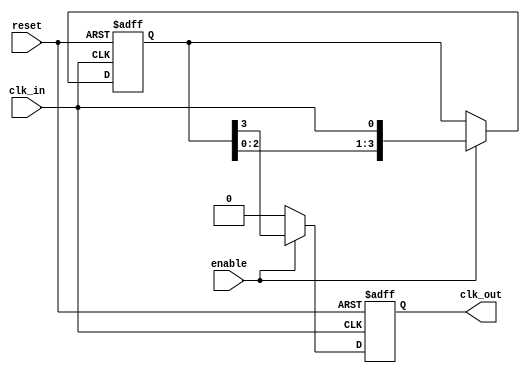
module skew_optimized_clock_buffer (
    input wire clk_in,          // Input clock signal
    output reg clk_out,        // Buffered output clock signal
    input wire enable,         // Control signal to enable/disable the clock buffer
    input wire reset           // Asynchronous reset signal
);

    // Parameters for delay control
    parameter DELAY_STAGES = 4; // Number of delay stages
    parameter DELAY_UNIT = 1;    // Delay unit (can be adjusted based on technology)

    // Internal signals
    reg [DELAY_STAGES-1:0] delay_line; // Delay line for skew optimization
    reg [DELAY_STAGES-1:0] delay_counter; // Counter for delay stages

    // Asynchronous reset and enable logic
    always @(posedge clk_in or posedge reset) begin
        if (reset) begin
            clk_out <= 1'b0; // Reset output clock
            delay_line <= 0;  // Reset delay line
        end else if (enable) begin
            // Shift delay line
            delay_line <= {delay_line[DELAY_STAGES-2:0], clk_in};
            // Output the last stage of the delay line
            clk_out <= delay_line[DELAY_STAGES-1];
        end else begin
            clk_out <= 1'b0; // Disable output clock when not enabled
        end
    end

    // Delay control logic
    always @(posedge clk_in or posedge reset) begin
        if (reset) begin
            delay_counter <= 0; // Reset delay counter
        end else if (enable) begin
            // Increment delay counter
            delay_counter <= delay_counter + 1;
            if (delay_counter >= DELAY_STAGES) begin
                delay_counter <= 0; // Reset counter after reaching max delay stages
            end
        end
    end

    // Optional: Additional logic for power management (e.g., clock gating)
    // This can be implemented based on specific requirements

endmodule